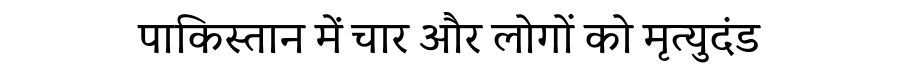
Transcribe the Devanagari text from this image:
पाकिस्तान में चार और लोगों को मृत्युदंड